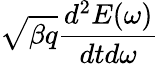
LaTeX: \sqrt{\beta q}\frac{d^{2}E(\omega)}{dtd\omega}